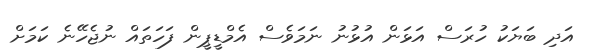
އަދި ބަޔަކު ހުރަސް އަޅަން އުޅުނު ނަމަވެސް އެމްޑީޕީން ފަހަތައް ނުޖެހޭނެ ކަމަށް